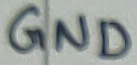
Text: GND